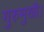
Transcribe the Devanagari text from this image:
गुरुमुखी।